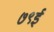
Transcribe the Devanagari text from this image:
७९ई